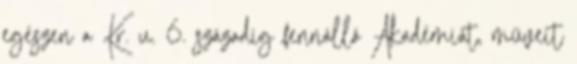
egészen a Kr. u. 6. századig fennálló Akadémiát, műveit